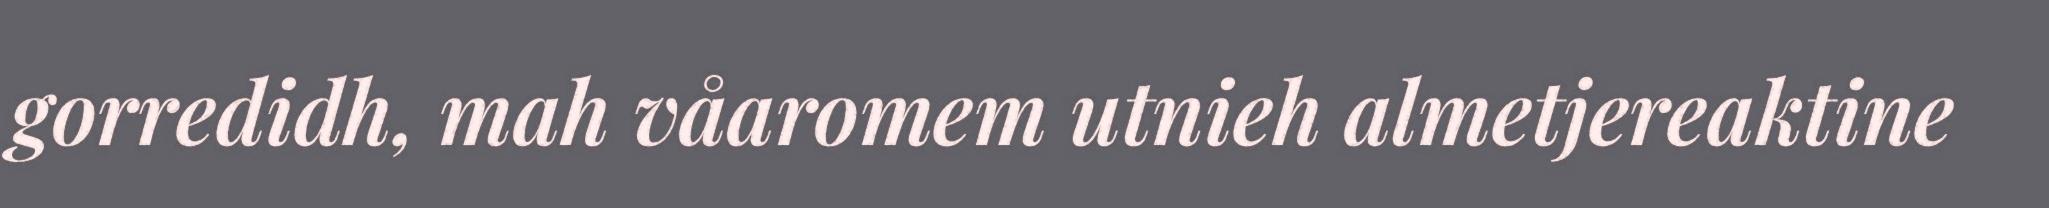
gorredidh, mah våaromem utnieh almetjereaktine